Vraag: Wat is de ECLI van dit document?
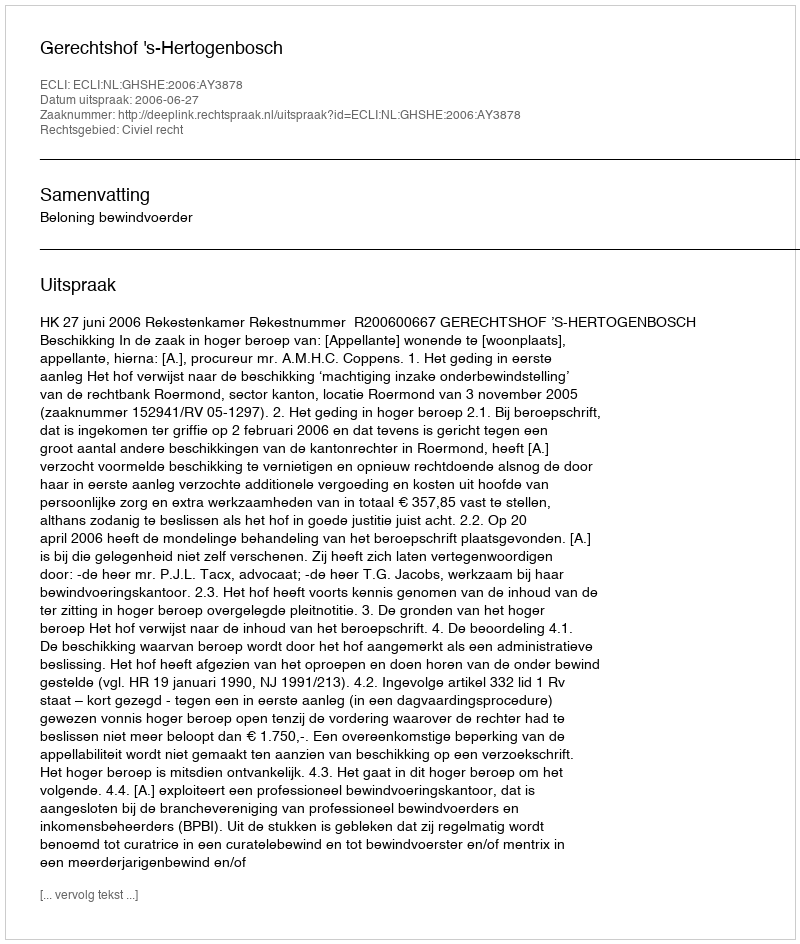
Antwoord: ECLI:NL:GHSHE:2006:AY3878